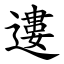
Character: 遱